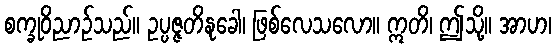
စက္ခုဝိညာဉ်သည်။ ဥပ္ပဇ္ဇတိနုခေါ၊ ဖြစ်လေသလော။ ဣတိ၊ ဤသို့။ အာဟ၊